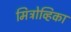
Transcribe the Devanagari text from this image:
मिट्रोव्हिका